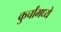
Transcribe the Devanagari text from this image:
कुर्चांमध्ये